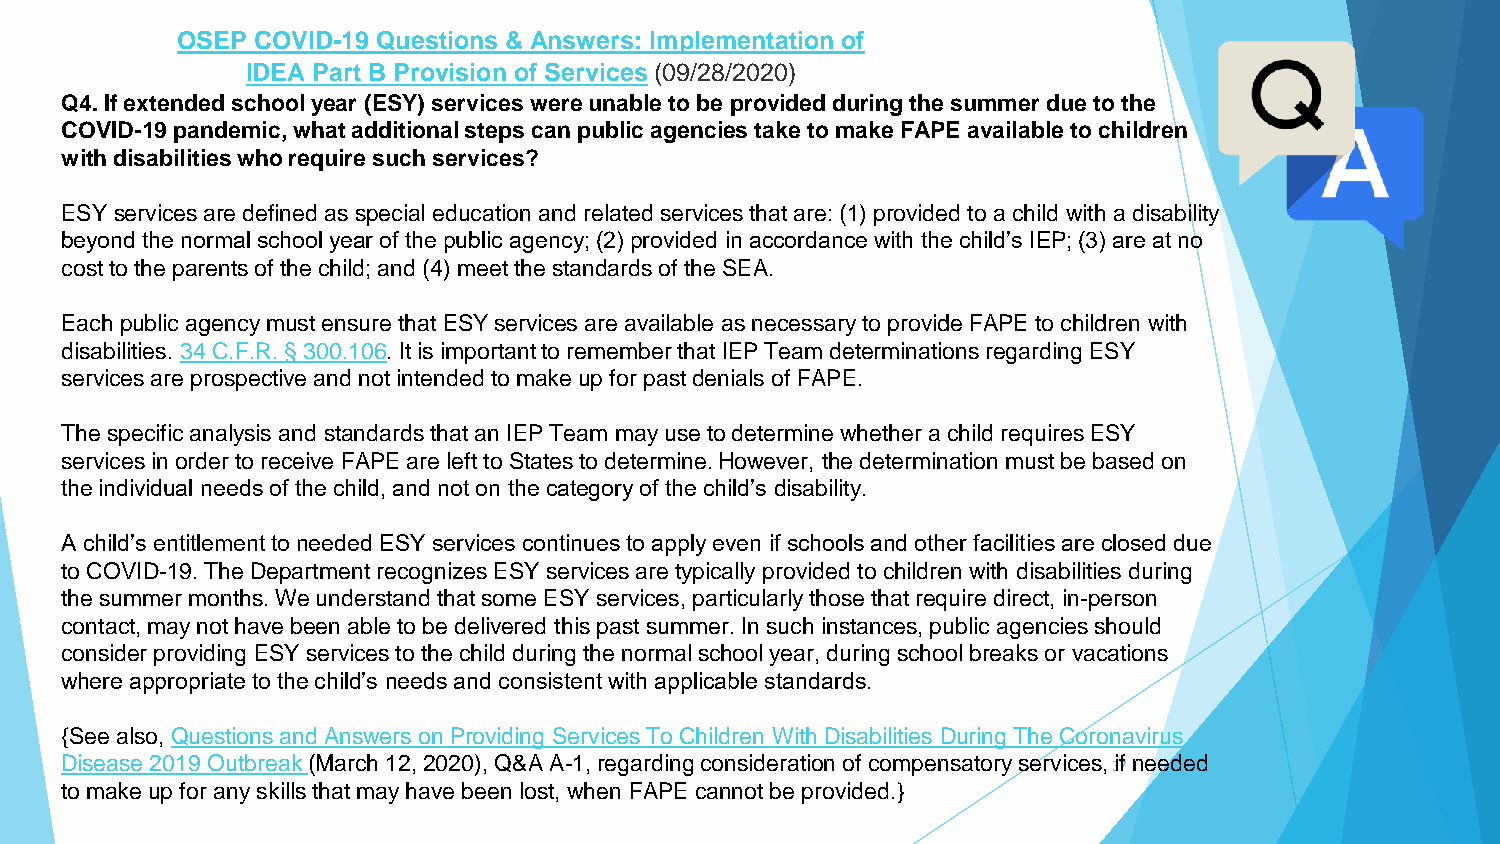
OSEP COVID-19 Questions & Answers: Implementation of
 IDEA Part B Provision of Services (09/28/2020)
 Q4. If extended school year (ESY) services were unable to be provided during the summer due to the
 COVID-19 pandemic, what additional steps can public agencies take to make FAPE available to children
 with disabilities who require such services?
 ESY services are defined as special education and related services that are: (1) provided to a child with a disability
 beyond the normal school year of the public agency; (2) provided in accordance with the child’s IEP; (3) are at no
 cost to the parents of the child; and (4) meet the standards of the SEA.
 Each public agency must ensure that ESY services are available as necessary to provide FAPE to children with
 disabilities. 34 C.F.R. §300.106. It is important to remember that IEP Team determinations regarding ESY
 services are prospective and not intended to make up for past denials of FAPE.
 The specific analysis and standards that an IEP Team may use to determine whether a child requires ESY
 services in order to receive FAPE are left to States to determine. However, the determination must be based on
 the individual needs of the child, and not on the category of the child’s disability.
 A child’s entitlement to needed ESY services continues to apply even if schools and other facilities are closed due
 to COVID-19. The Department recognizes ESY services are typically provided to children with disabilities during
 the summer months. We understand that some ESY services, particularly those that require direct, in-person
 contact, may not have been able to be delivered this past summer. In such instances, public agencies should
 consider providing ESY services to the child during the normal school year, during school breaks or vacations
 where appropriate to the child’s needs and consistent with applicable standards.
 {See also, Questions and Answers on Providing Services To Children With Disabilities During The Coronavirus
 Disease 2019 Outbreak (March 12, 2020), Q&A A-1, regarding consideration of compensatory services, if needed
 37
 to make up for any skills that may have been lost, when FAPE cannot be provided.}